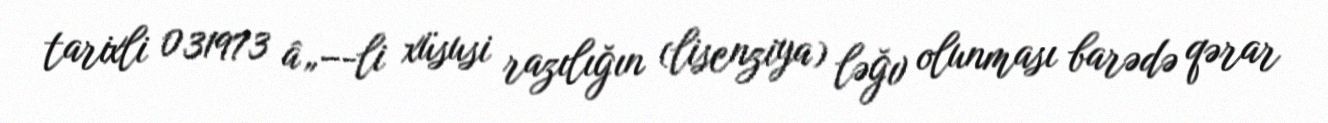
tarixli 031973 â„–-li xüsusi razılığın (lisenziya) ləğv olunması barədə qərar